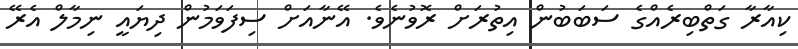
ކިއާރާ ގަތްބިރެއްގެ ސަބަބުން އިތުރަށް ރޮވުނެވެ. އޭނާއަށް ސިފަވަމުން ދިޔައީ ނިމާލް އެރޭ